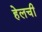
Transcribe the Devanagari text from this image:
हेलची